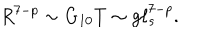
R ^ { 7 - p } \sim G _ { 1 0 } T \sim g \ell _ { s } ^ { 7 - p } .